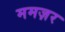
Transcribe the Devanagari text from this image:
ममज़र